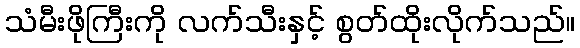
သံမီးဖိုကြီးကို လက်သီးနှင့် စွတ်ထိုးလိုက်သည်။